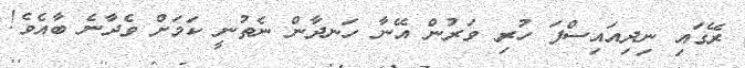
ރޭގައި ނިދިއައިސްފަ ހުރި ވަރުން އޭނާ ހަނދާން ނެތުނީ ކަމަށް ވެދާނެ ބާއެވެ!